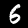
Digit: 6